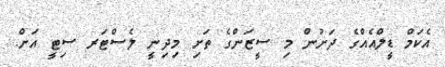
އެކަމް ޑީލްއެއްގެ ދަށުން މި ސީޒަންގެ ތަށި މިދިނީ ލެސްޓަރ ސިޓީ އަށް.